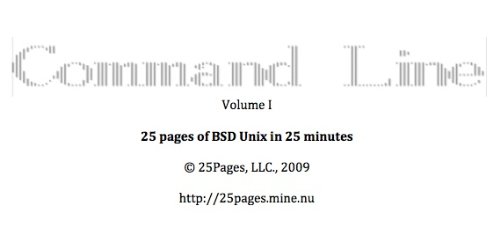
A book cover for Mac OS X Command Line Volume I:  25 pages of essential BSD Unix on Macintosh; Thomas Pfaff; Computers & Technology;